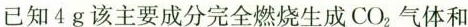
已知4g该主要成分完全燃烧生成CO_{2} 气体和